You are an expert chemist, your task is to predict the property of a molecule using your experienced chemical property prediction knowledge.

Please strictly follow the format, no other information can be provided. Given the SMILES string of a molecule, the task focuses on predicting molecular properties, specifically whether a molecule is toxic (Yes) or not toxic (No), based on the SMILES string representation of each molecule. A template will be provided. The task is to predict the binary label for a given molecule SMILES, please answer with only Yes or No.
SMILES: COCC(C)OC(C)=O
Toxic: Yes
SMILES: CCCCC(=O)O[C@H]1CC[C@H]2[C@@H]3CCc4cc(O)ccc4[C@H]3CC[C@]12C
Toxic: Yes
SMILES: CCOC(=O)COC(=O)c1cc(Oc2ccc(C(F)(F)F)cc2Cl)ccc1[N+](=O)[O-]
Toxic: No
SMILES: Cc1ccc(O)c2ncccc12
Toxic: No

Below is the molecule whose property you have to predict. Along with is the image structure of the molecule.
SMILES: CC(=O)CCc1ccccc1
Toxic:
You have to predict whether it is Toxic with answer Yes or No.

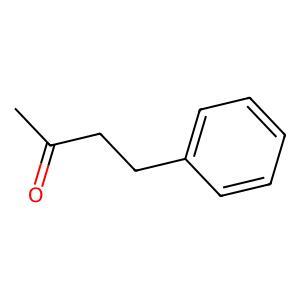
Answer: No